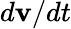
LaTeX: d\mathbf{v}/dt